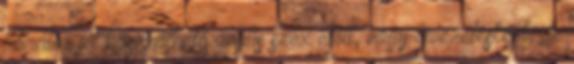
vibrátor jól használható anális szex előtt, vagy levezetésként, de